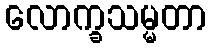
လောက္ခသမ္မတာ